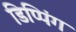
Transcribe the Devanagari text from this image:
डिप्पिंग